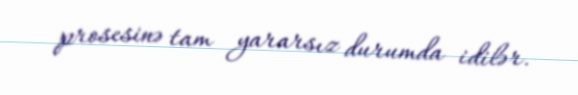
prosesinə tam yararsız durumda idilər.